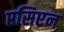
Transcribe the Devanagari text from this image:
एसिएन